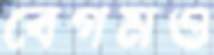
বেগমও